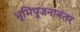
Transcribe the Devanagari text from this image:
भूमिपूजनानंतर